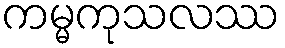
ကမ္မကုသလဿ